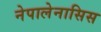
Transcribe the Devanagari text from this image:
नेपालेनासिस